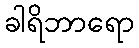
ခါရိဘာရော